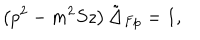
LaTeX: \left( p ^ { 2 } - m ^ { 2 } S z \right) \tilde { \Delta } _ { F p } = 1 ,